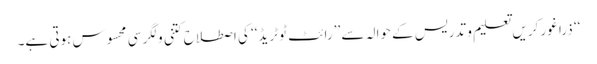
‘‘ ذرا غور کریں تعلیم و تدریس کے حوالہ سے ’’رائٹ ٹو ٹریڈ‘‘ کی اصطلاح کتنی ولگر سی محسوس ہوتی ہے۔